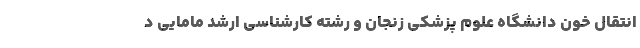
انتقال خون دانشگاه علوم پزشکی زنجان و رشته کارشناسی ارشد مامایی د